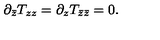
\partial _ { \bar { z } } T _ { z z } = \partial _ { z } T _ { \bar { z } \bar { z } } = 0 .